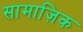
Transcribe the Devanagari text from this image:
सामाज़िक